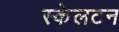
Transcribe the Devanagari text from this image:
स्केलटन